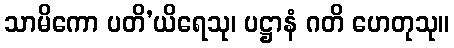
သာမိကော ပတိ’ယိရေသု၊ ပဋ္ဌာနံ ဂတိ ဟေတုသု။